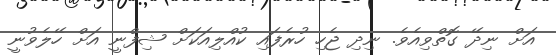
އަށް ނިދޭ ގޮތްވިއެވެ. ނިދި ޖެހި ހުރެފައި ކުއްލިއަކަށް ޝިފްނީ އަށް ހޭލެވުނީ